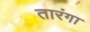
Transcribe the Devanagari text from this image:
तारंगा